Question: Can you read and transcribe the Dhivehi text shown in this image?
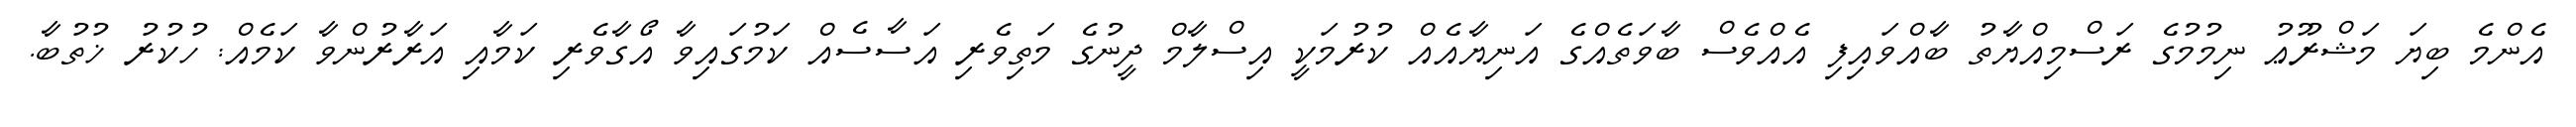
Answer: އެންމެ ބިޔަ މަޝްރޫޢު ނިމުމުގެ ރަސްމިއްޔާތު ބާއްވައިފި އެއްވެސް ބާވަތެއްގެ އަނިޔާއެއް ކުރުމަކީ އިސްލާމް ދީނުގެ މަތިވެރި އަސާސެއް ކަމުގައިވާ އޯގާވެރި ކަމާއި އަރާރުންވާ ކަމެއް: ހުކުރު ޚުތުބާ.